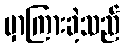
မှာကြားခဲ့သည်